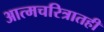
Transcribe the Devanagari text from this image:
आत्मचरित्रातही